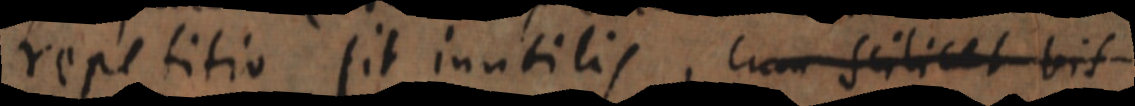
repetitio sit inutilis, cum scilicet bis